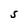
Character: S